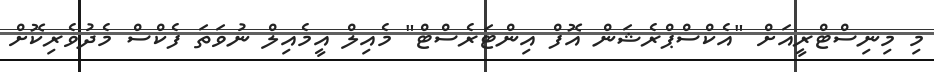
މި މިނިސްޓްރީއަށް "އެކްސްޕްރެޝަން އޮފް އިންޓަރެސްޓް" މެއިލް އީމެއިލް ނުވަތަ ފެކްސް މެދުވެރިކޮށް